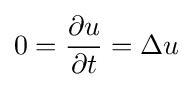
0={\frac {\partial u}{\partial t}}=\Delta u